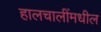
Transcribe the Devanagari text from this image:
हालचालींमधील